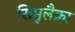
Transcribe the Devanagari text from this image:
सिमुलैक्रा